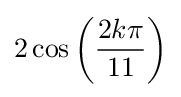
2\cos \left({\frac {2k\pi }{11}}\right)